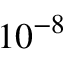
1 0 ^ { - 8 }